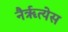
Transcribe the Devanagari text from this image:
नैर्ॠत्येस